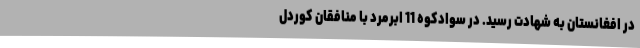
در افغانستان به شهادت رسید. در سوادکوه 11 اَبَرمرد با منافقان کوردل